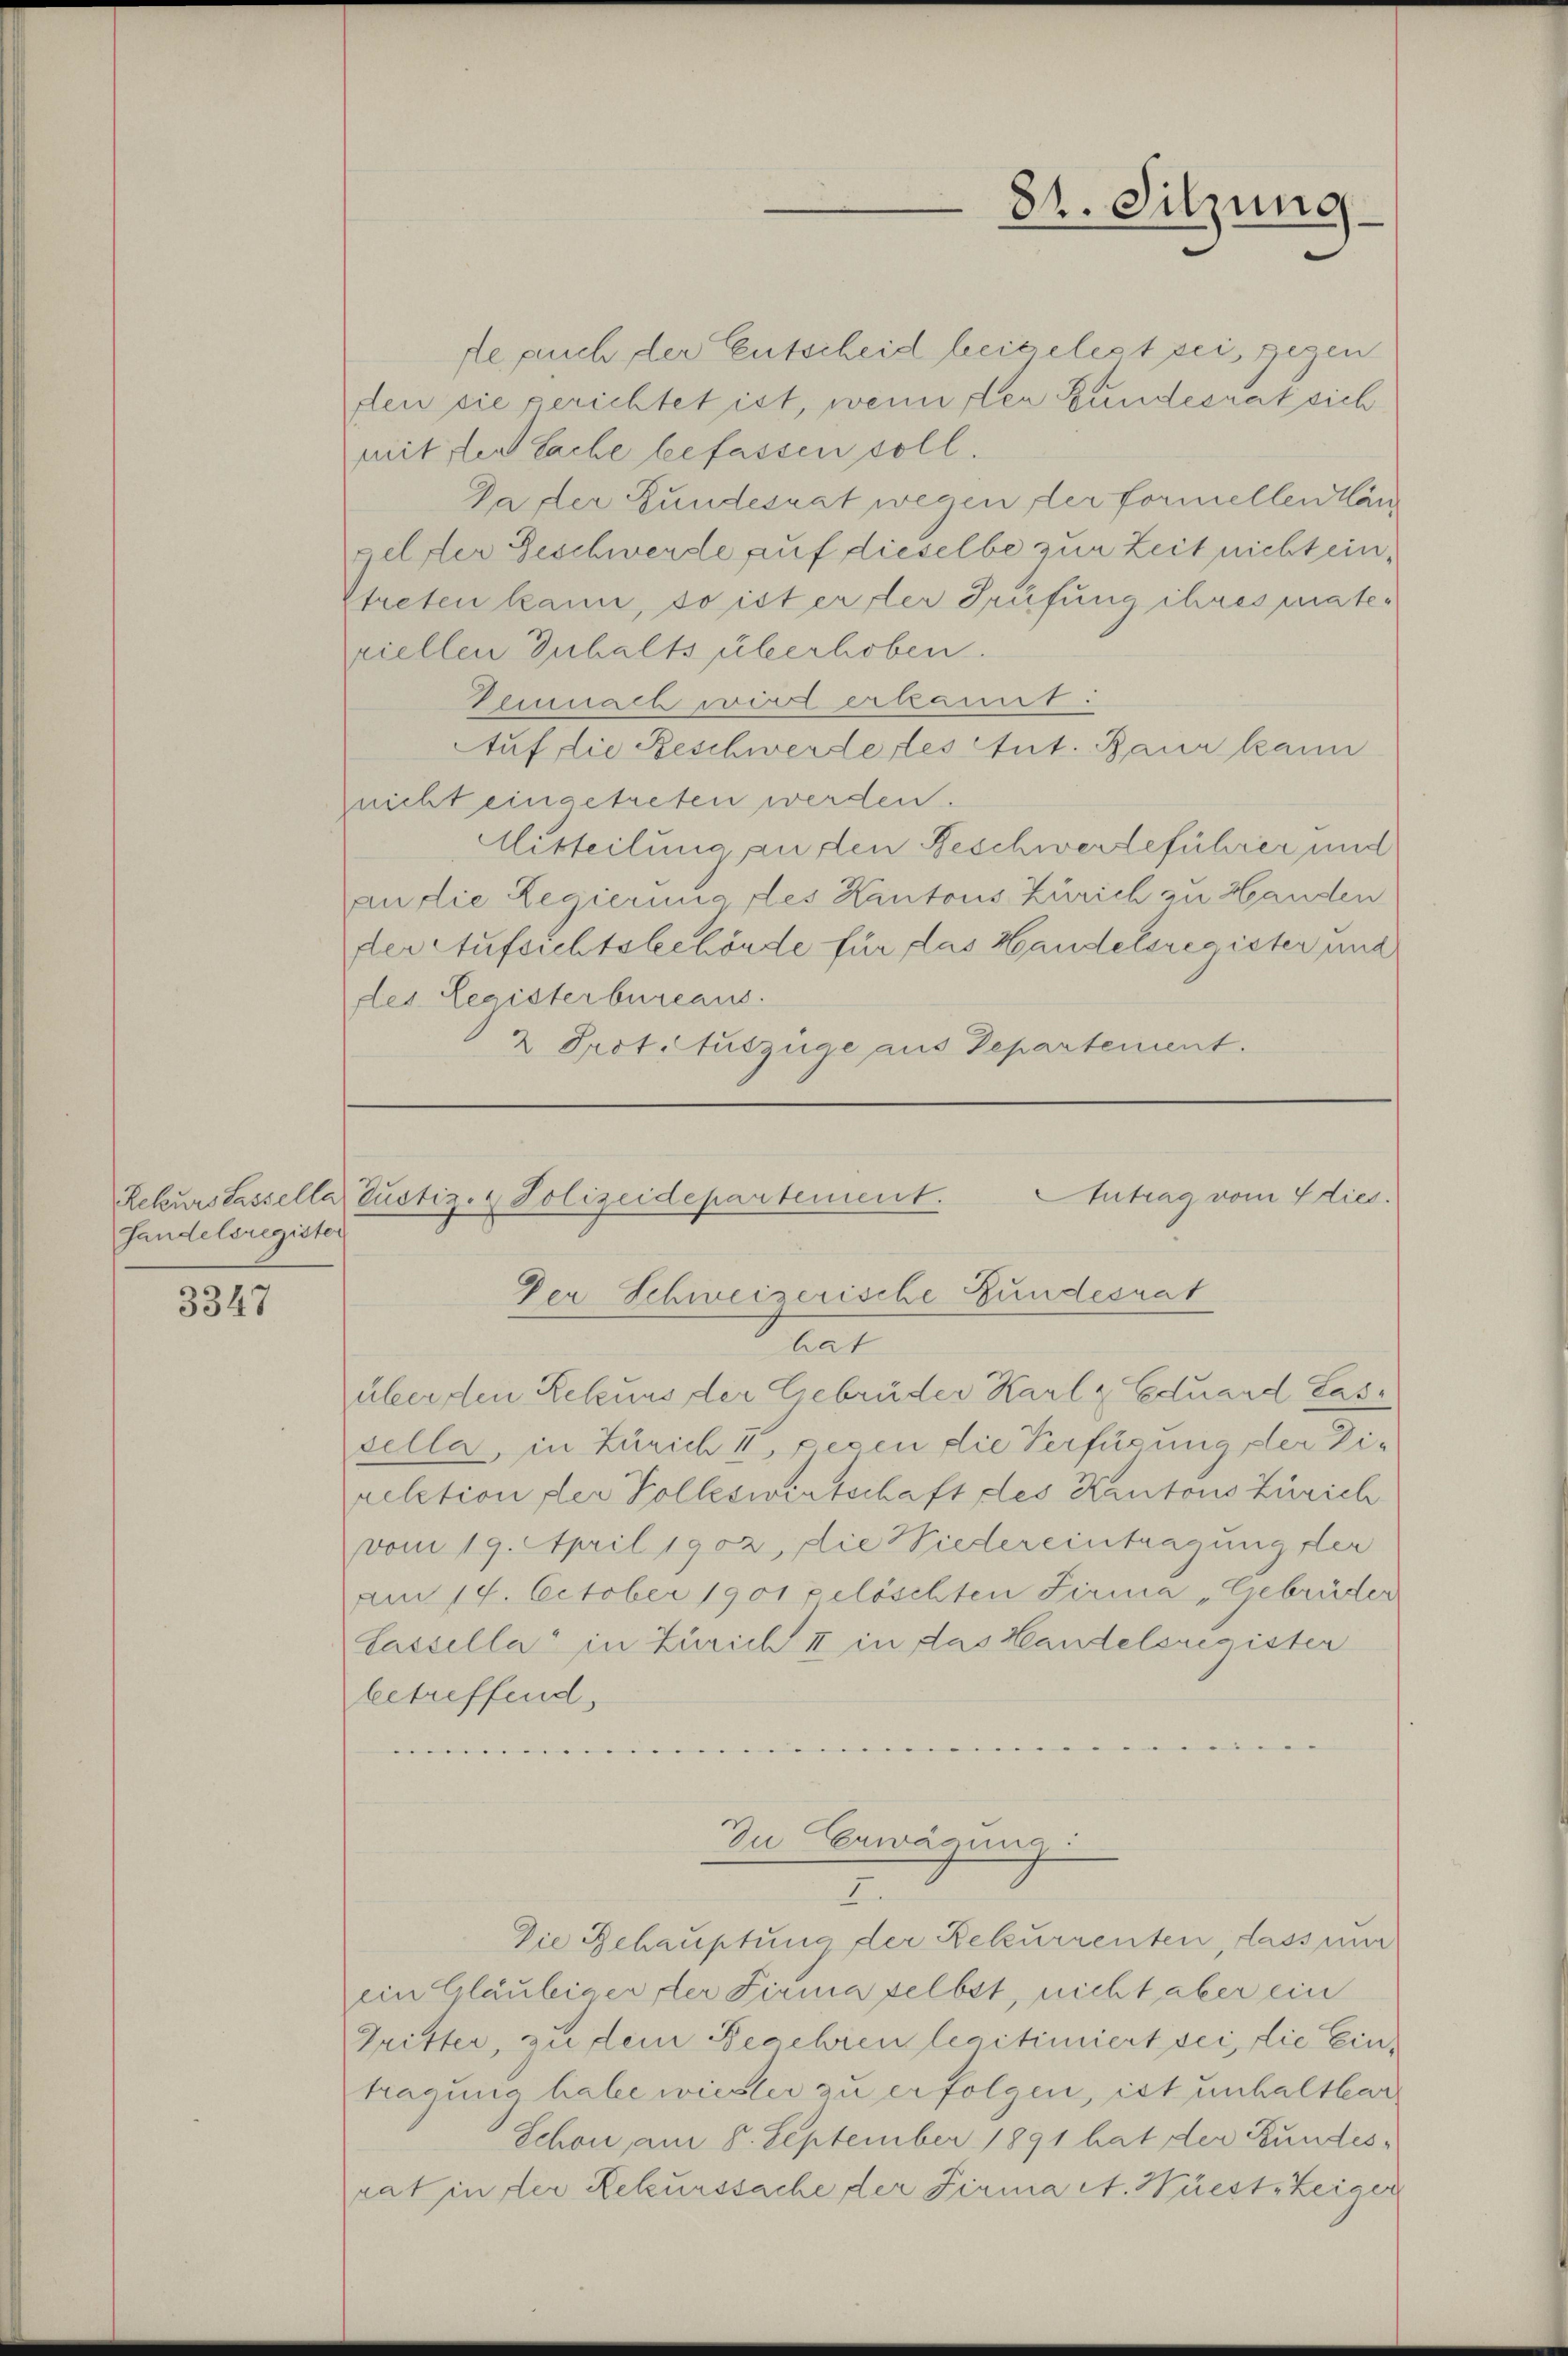
Handelsregister

3347

fe such der Entscheid beigelest sei, gegen
fen sie gerichtet ist, wenn der Bundesrat sich
mit der Sache befassen soll.
Da der Bundesrat wegen der formellen Kan
gelster Beschwerde auf dieselbe zur Zeit nicht ein¬
Streten kann, so ist er der Prüfung ihres mater
viellen Inhalts überhoben.
Demnach wird erkannt:
Auf die Beschwerde les tut. Baur kann
nicht eingetreten werden.
Mitteilung an den Beschwerdeführer und
an die Regierung des Kantons Zürich zu Handen
der Aufsichtsbehörde für das Handelsregister und
des Legisterbureaus.
2 Prot. Auszüge aus Departement.

Rekurs Lassella Justiz- & Polizeidepartement. Antrag vom 4 dies
Der Schweizerische Bundesrat
at
über den Rekurs der Gebrüder Karl & Eduard Cas¬

84. Sitzung

sella, in Zürich I, pecen die Verfügung der Direktion der Volleswirtschaft des Kantons Zürich
vom 19. April 1902, die Niedereintragung der
Am 19. October 1901 gelöschten Firma „Gebrüder
lassella in Zürich II in das Handelsregisten
betreffend
.

In Erwägung
I.
Die Gehauptung der Rekurrenten, dass nur

ein Gläubiger der Firma selbst, nicht aber ein
Gritter, zu dem Begehren legitimiert sei, die Eintragung habe weister zu erfolgen, ist unhaltbar
Schon, am 8. September 1891 hat der Bundesrat in der Rekurssache der Firma et. Wüest, zeiger